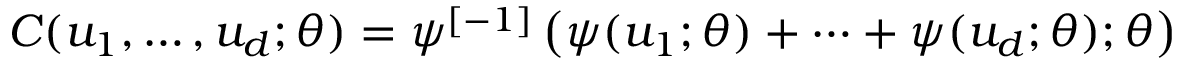
C ( u _ { 1 } , \dots , u _ { d } ; \theta ) = \psi ^ { [ - 1 ] } \left( \psi ( u _ { 1 } ; \theta ) + \cdots + \psi ( u _ { d } ; \theta ) ; \theta \right)